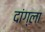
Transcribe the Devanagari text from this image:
दांग्ला